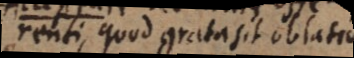
offerenti, quod grata sit oblatio.